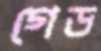
গেড